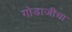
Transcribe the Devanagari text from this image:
गोडाजीचा